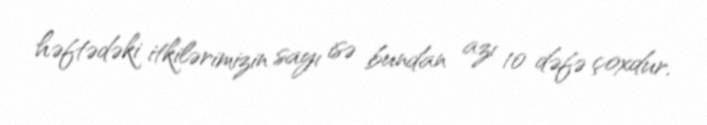
həftədəki itkilərimizin sayı isə bundan azı 10 dəfə çoxdur.